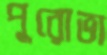
পুরোভা